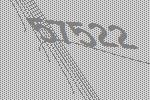
57522